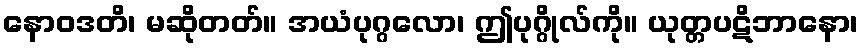
နောဝဒတိ၊ မဆိုတတ်။ အယံပုဂ္ဂလော၊ ဤပုဂ္ဂိုလ်ကို။ ယုတ္တပဋိဘာနော၊